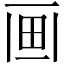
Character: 𤰱